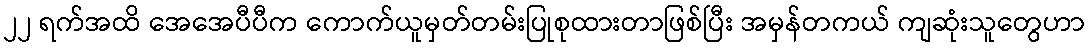
၂၂ ရက်အထိ အေအေပီပီက ကောက်ယူမှတ်တမ်းပြုစုထားတာဖြစ်ပြီး အမှန်တကယ် ကျဆုံးသူတွေဟာ